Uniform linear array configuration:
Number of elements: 8
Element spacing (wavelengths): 0.25
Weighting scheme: exponential
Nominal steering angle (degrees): -15
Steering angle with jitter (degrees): -15.535
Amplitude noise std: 0.05
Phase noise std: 0.05

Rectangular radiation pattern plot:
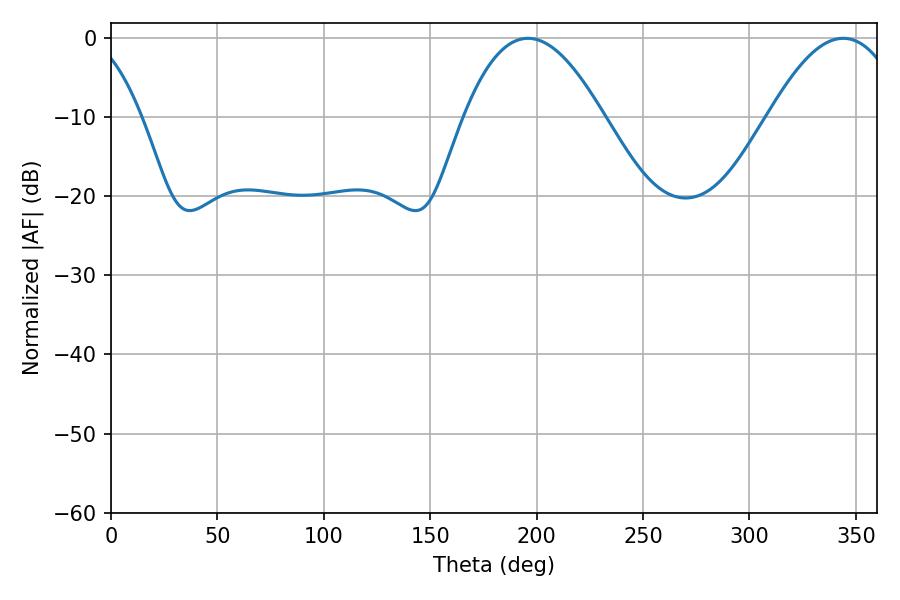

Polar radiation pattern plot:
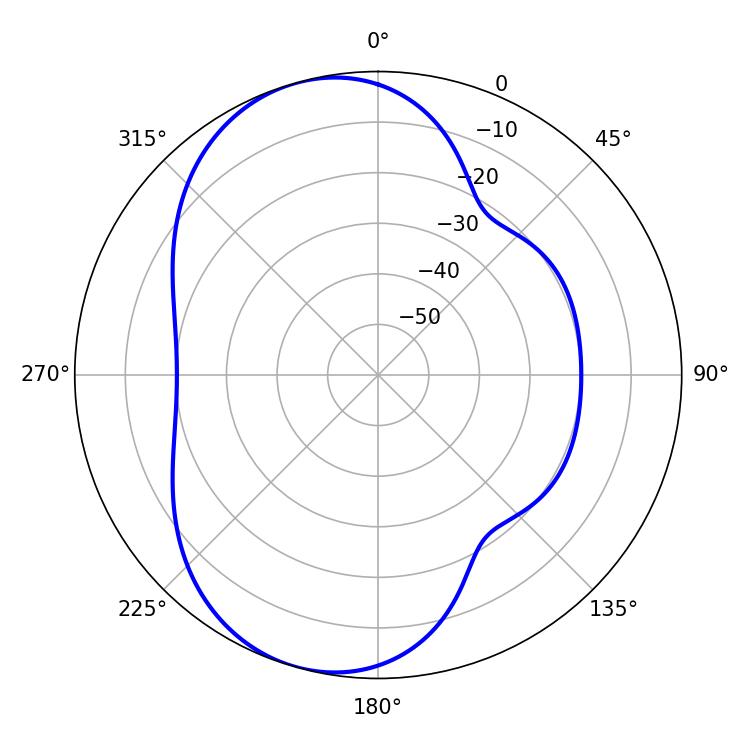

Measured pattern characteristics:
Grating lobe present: FALSE
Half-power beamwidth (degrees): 36
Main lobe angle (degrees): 195.84